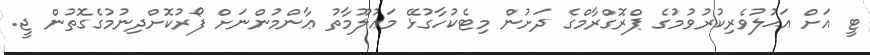
ޓީ އަށް އަޙުލުވެރިކުރުވުމުގެ ޕްރޮގްރާމްގެ ދަށުން މިޓެކުހާގުޅޭ މަޢުލޫމާތު ޢާންމުންނަށް ފޯރުކޮށްދިނުމުގެގޮތުން ޖީ.